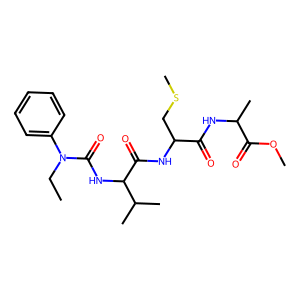
SMILES: CCN(C(=O)NC(C(=O)NC(CSC)C(=O)NC(C)C(=O)OC)C(C)C)c1ccccc1
Inhibits HIV replication: No